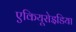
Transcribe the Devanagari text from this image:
एकियूरोइडिया